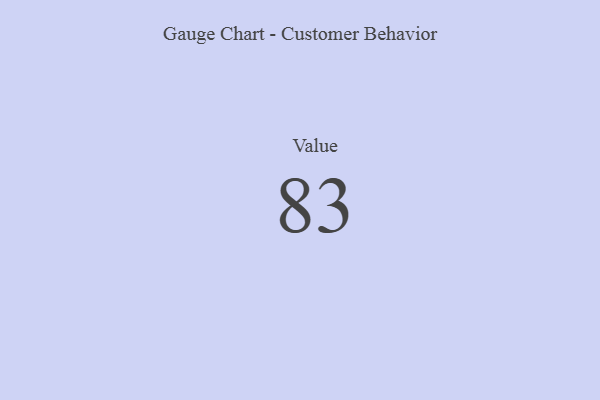
{"axis": {"x": "Metric", "y": "Value"}, "legend": [""], "data": [{"x": "Value", "y": 83, "type": ""}]}